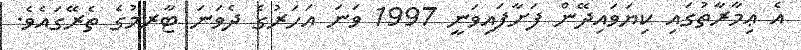
އެ ޢިމާރާތުގައި ކިޔަވައިދޭން ފަށާފައިވަނީ 1997 ވަނަ އަހަރުގެ ދެވަނަ ޓާރމުގެ ތެރޭގައެވެ.